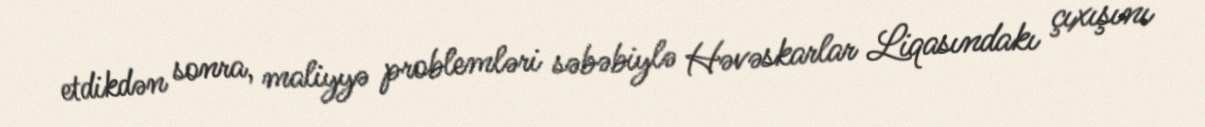
etdikdən sonra, maliyyə problemləri səbəbiylə Həvəskarlar Liqasındakı çıxışını